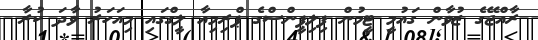
ރާއްޖޭގެ ޒުވާން ގައުމީ ޓީމުން ފިލިޕީންސްގެ ޕްރިމިއާ ލީގްގައި މިއަހަރު ވާދަ ކުރާ